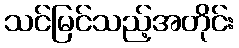
သင်မြင်သည့်အတိုင်း